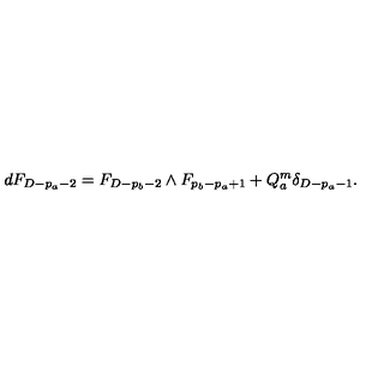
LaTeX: d F _ { D - p _ { a } - 2 } = F _ { D - p _ { b } - 2 } \wedge F _ { p _ { b } - p _ { a } + 1 } + Q _ { a } ^ { m } \delta _ { D - p _ { a } - 1 } .